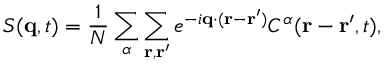
S ( \mathbf { q } , t ) = \frac { 1 } { N } \sum _ { \alpha } \sum _ { \mathbf { r } , \mathbf { r ^ { \prime } } } e ^ { - i \mathbf { q } \cdot ( \mathbf { r } - \mathbf { r ^ { \prime } } ) } C ^ { \alpha } ( \mathbf { r } - \mathbf { r ^ { \prime } } , t ) ,